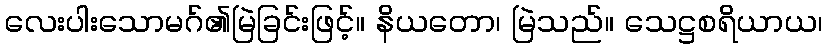
လေးပါးသောမဂ်၏မြဲခြင်းဖြင့်။ နိယတော၊ မြဲသည်။ သေဋ္ဌစရိယာယ၊